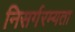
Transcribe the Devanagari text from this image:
निसर्गरम्यता